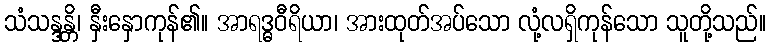
သံသန္ဒန္တိ၊ နှီးနှောကုန်၏။ အာရဒ္ဓဝီရိယာ၊ အားထုတ်အပ်သော လုံ့လရှိကုန်သော သူတို့သည်။